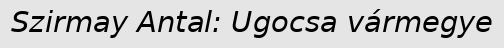
Szirmay Antal: Ugocsa vármegye